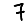
Digit: 7